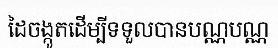
ដៃចង្កូតដើម្បីទទួលបានបណ្ណបណ្ណ